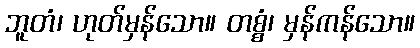
ဘူတံ၊ ဟုတ်မှန်သော။ တစ္စံ၊ မှန်ကန်သော။